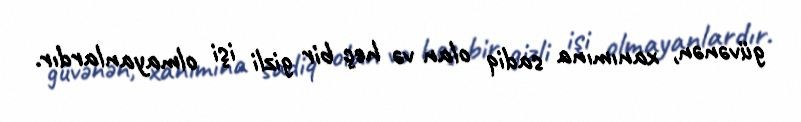
güvənən, xanımına sadiq olan və heç bir gizli işi olmayanlardır.